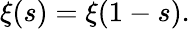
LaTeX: \xi(s)=\xi(1-s).